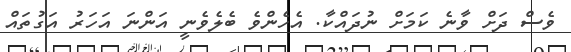
ވެސް ދަަށް ވާނެ ކަމަށް ނުދައްކާ. އެހެންވެ ބެލެވެނީ އަންނަ އަހަރު އަގުތައް